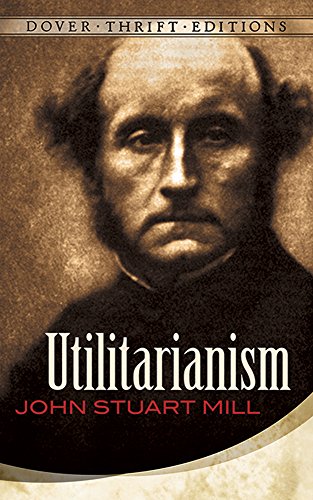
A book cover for Utilitarianism (Dover Thrift Editions); John Stuart Mill; Politics & Social Sciences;